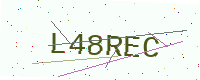
Text: L48REC